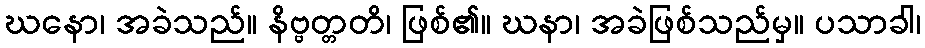
ဃနော၊ အခဲသည်။ နိဗ္ဗတ္တတိ၊ ဖြစ်၏။ ဃနာ၊ အခဲဖြစ်သည်မှ။ ပသာခါ၊